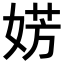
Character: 𪦀